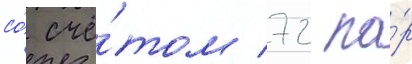
со́ счё́том 72 па́р